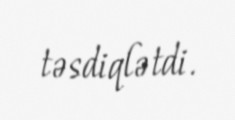
təsdiqlətdi.